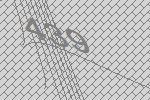
439